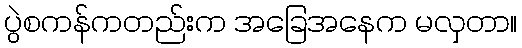
ပွဲစကန်ကတည်းက အခြေအနေက မလှတာ။